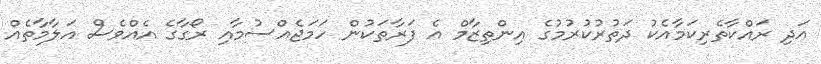
އަދި ރައްކާތެރިކަމާއެކު ދަތުރުކުރުމުގެ އިންތިޒާމް އެ ފަރާތަކުން ހަމަޖެއްސުމާއި ރޯގާގެ އެއްވެސް އަލާމާތެއް